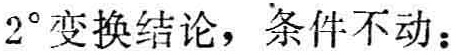
$2^{\circ}$变换结论，条件不动：